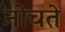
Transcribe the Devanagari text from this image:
नोचते